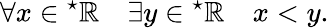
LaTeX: \forall x\in{}^{\star}\mathbb{R}\quad\exists y\in{}^{\star}\mathbb{R}\quad x<y.